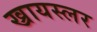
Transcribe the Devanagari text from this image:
ख्रायस्लर